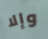
وإلا